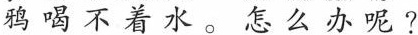
鸦喝不着水。怎么办呢？